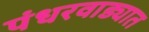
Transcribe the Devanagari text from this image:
पंधरवाड्यात